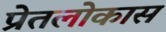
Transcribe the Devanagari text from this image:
प्रेतलोकास